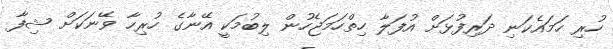
ހުރި ހަމައެކަނި ދަރިފުޅަށް އުފަލާ ހިތްހަމަޖެހުން ލިބުމަކީ އޭނާގެ ހުރިހާ ވޭނަކަށް ޝިފާ